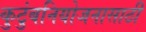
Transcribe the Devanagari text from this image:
कुटुंबनियोजनासाठी